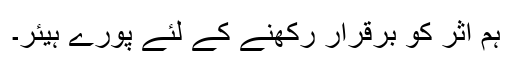
ہم اثر کو برقرار رکھنے کے لئے پورے ہیئر۔